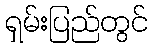
ရှမ်းပြည်တွင်